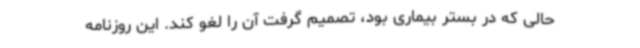
حالی که در بستر بیماری بود، تصمیم گرفت آن را لغو کند. این روزنامه